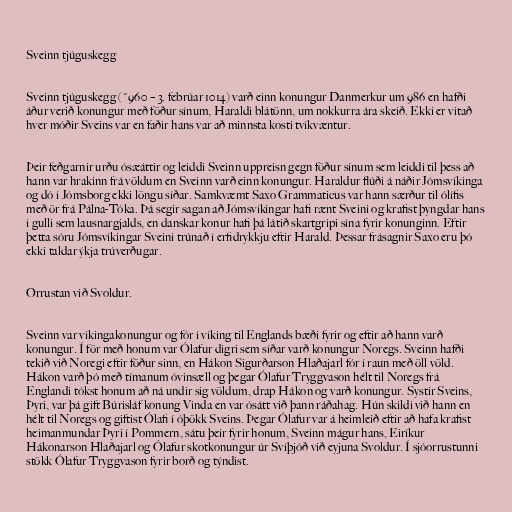
Sveinn tjúguskegg

Sveinn tjúguskegg (~960 – 3. febrúar 1014) varð einn konungur Danmerkur um 986 en hafði
áður verið konungur með föður sínum, Haraldi blátönn, um nokkurra ára skeið. Ekki er vitað
hver móðir Sveins var en faðir hans var að minnsta kosti tvíkvæntur.

Þeir feðgarnir urðu ósæáttir og leiddi Sveinn uppreisn gegn föður sínum sem leiddi til þess að
hann var hrakinn frá völdum en Sveinn varð einn konungur. Haraldur flúði á náðir Jómsvíkinga
og dó í Jómsborg ekki löngu síðar. Samkvæmt Saxo Grammaticus var hann særður til ólífis
með ör frá Pálna-Tóka. Þá segir sagan að Jómsvíkingar hafi rænt Sveini og krafist þyngdar hans
í gulli sem lausnargjalds, en danskar konur hafi þá látið skartgripi sína fyrir konunginn. Eftir
þetta sóru Jómsvíkingar Sveini trúnað í erfidrykkju eftir Harald. Þessar frásagnir Saxo eru þó
ekki taldar ýkja trúverðugar.

Orrustan við Svoldur.

Sveinn var víkingakonungur og fór í víking til Englands bæði fyrir og eftir að hann varð
konungur. Í för með honum var Ólafur digri sem síðar varð konungur Noregs. Sveinn hafði
tekið við Noregi eftir föður sinn, en Hákon Sigurðarson Hlaðajarl fór í raun með öll völd.
Hákon varð þó með tímanum óvinsæll og þegar Ólafur Tryggvason hélt til Noregs frá
Englandi tókst honum að ná undir sig völdum, drap Hákon og varð konungur. Systir Sveins,
Þyri, var þá gift Búrisláf konung Vinda en var ósátt við þann ráðahag. Hún skildi við hann en
hélt til Noregs og giftist Ólafi í óþökk Sveins. Þegar Ólafur var á heimleið eftir að hafa krafist
heimanmundar Þyri í Pommern, sátu þeir fyrir honum, Sveinn mágur hans, Eiríkur
Hákonarson Hlaðajarl og Ólafur skotkonungur úr Svíþjóð við eyjuna Svoldur. Í sjóorrustunni
stökk Ólafur Tryggvason fyrir borð og týndist.